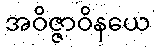
အဝိဇ္ဇာဝိနယေ